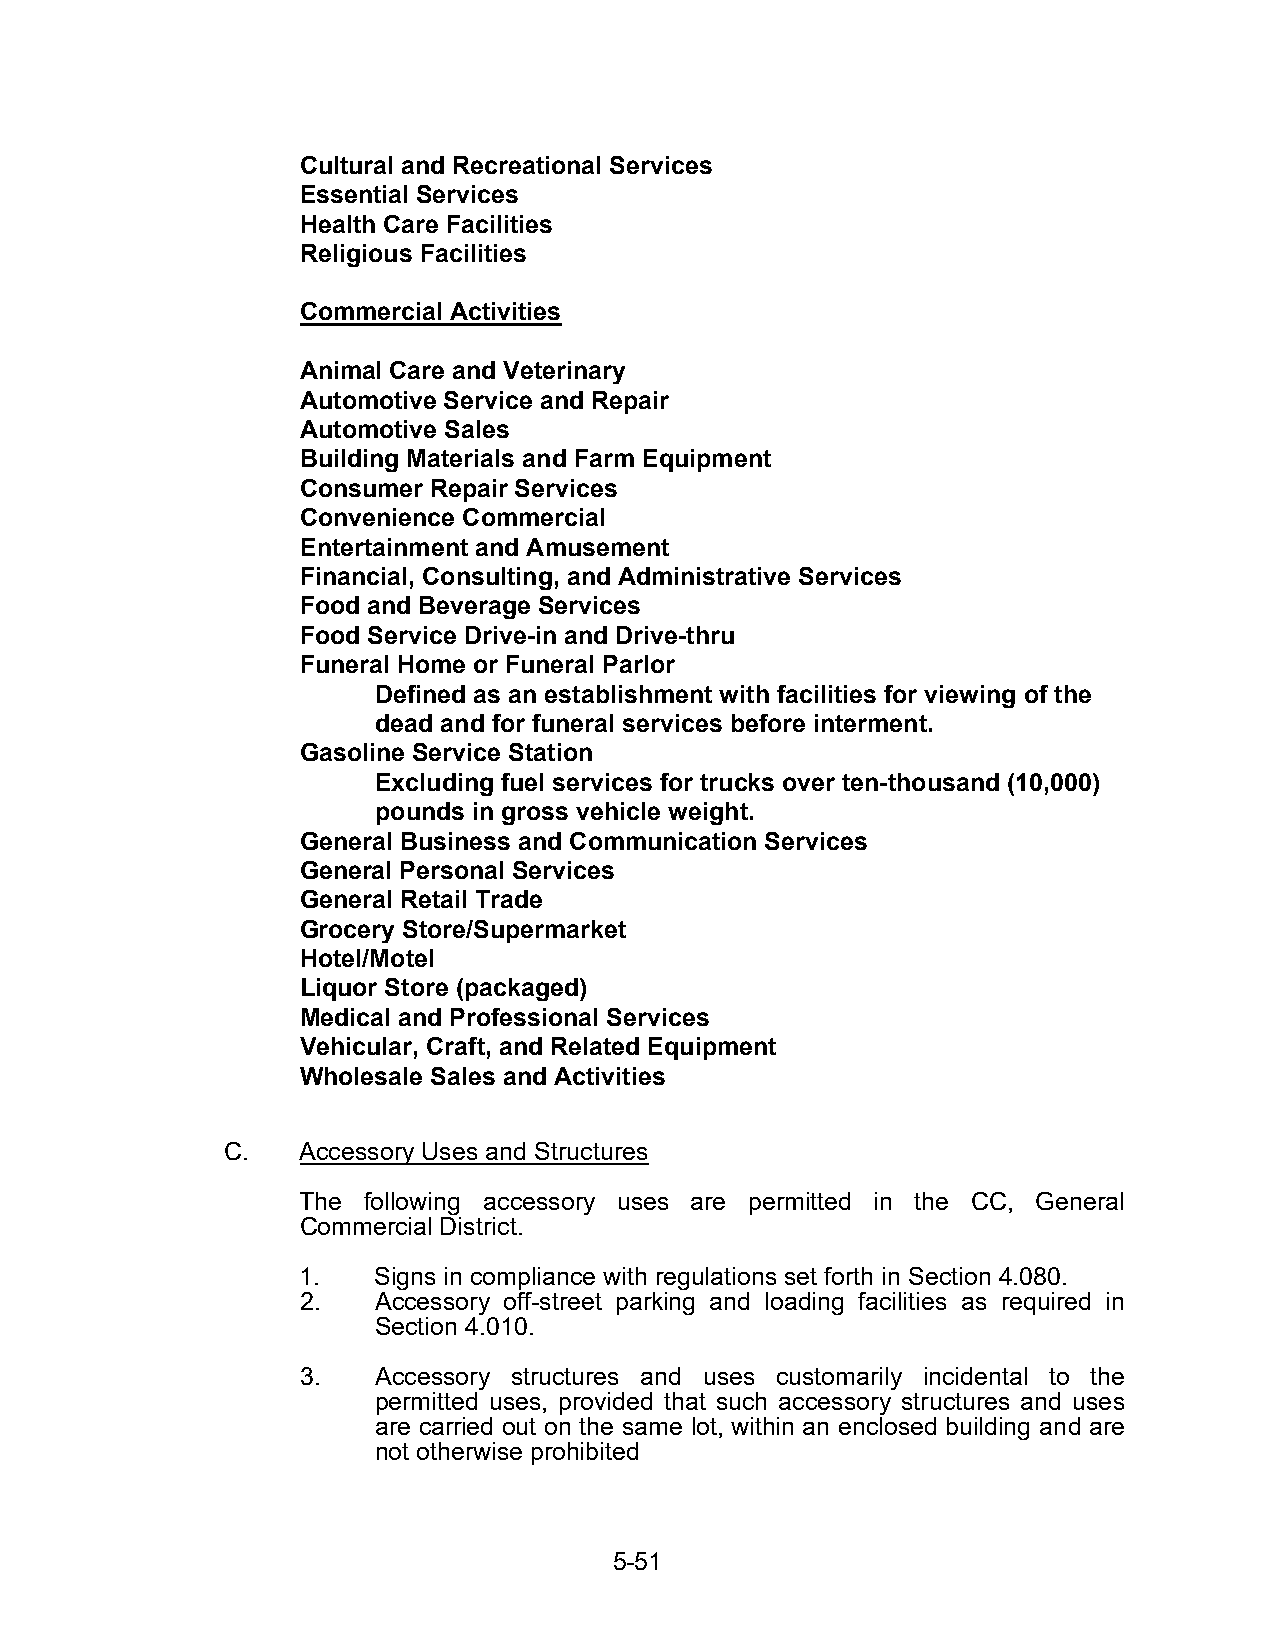
Cultural and Recreational Services
 Essential Services
 Health Care Facilities
 Religious Facilities
 Commercial Activities
 Animal Care and Veterinary
 Automotive Service and Repair
 Automotive Sales
 Building Materials and Farm Equipment
 Consumer Repair Services
 Convenience Commercial
 Entertainment and Amusement
 Financial, Consulting, and Administrative Services
 Food and Beverage Services
 Food Service Drive-in and Drive-thru
 Funeral Home or Funeral Parlor
 Defined as an establishment with facilities for viewing of the
 dead and for funeral services before interment.
 Gasoline Service Station
 Excluding fuel services for trucks over ten-thousand (10,000)
 pounds in gross vehicle weight.
 General Business and Communication Services
 General Personal Services
 General Retail Trade
 Grocery Store/Supermarket
 Hotel/Motel
 Liquor Store (packaged)
 Medical and Professional Services
 Vehicular, Craft, and Related Equipment
 Wholesale Sales and Activities
 C.   Accessory Uses and Structures
 The following accessory uses are permitted in the CC, General
 Commercial District.
 1.   Signs in compliance with regulations set forth in Section 4.080.
 2.   Accessory off-street parking and loading facilities as required in
 Section 4.010.
 3.   Accessory structures and uses customarily incidental to the
 permitted uses, provided that such accessory structures and uses
 are carried out on the same lot, within an enclosed building and are
 not otherwise prohibited
 5-51